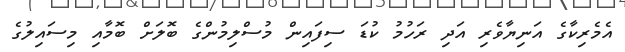
އެމެރިކާގެ އަނިޔާވެރި އަދި ރަހުމު ކުޑަ ސިފައިން މުސްލިމުންގެ ބޮލަށް ބޮމާއި މިސައިލުގެ